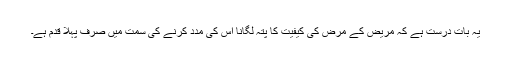
یہ بات درست ہے کہ مریض کے مرض کی کیفیت کا پتہ لگانا اس کی مدد کرنے کی سمت میں صرف پہلا قدم ہے۔